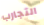
التجارب